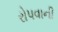
રોપવાની